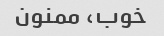
خوب، ممنون